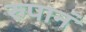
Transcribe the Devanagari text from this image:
रुपानं